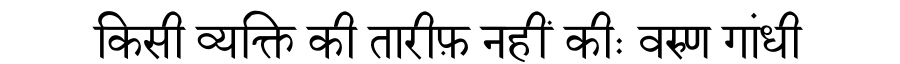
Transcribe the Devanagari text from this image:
किसी व्यक्ति की तारीफ़ नहीं कीः वरुण गांधी